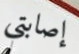
إصابتي